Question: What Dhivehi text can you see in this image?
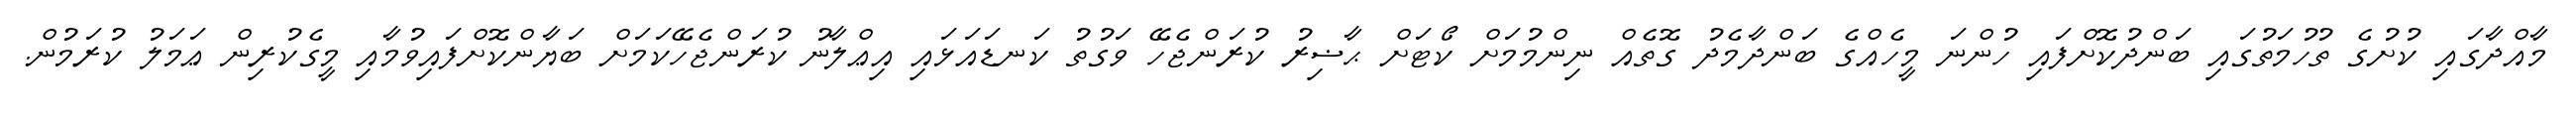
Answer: މާއްދާގައި ކުށުގެ ތުހުމަތުގައި ބަންދުކޮށްފައި ހުންނަ މީހެއްގެ ބަންދާމެދު ގޮތެއް ނިންމުމަށް ކޯޓަށް ޙާޟިރު ކުރަންޖެހޭ ވަގުތު ކަނޑައަޅައި އިޢްލާނު ކުރަންޖެހޭކަމަށް ބަޔާންކޮށްފައިވުމާއި މީގެކުރިން ޢަމަލު ކުރަމުން.